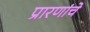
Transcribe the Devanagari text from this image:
प्रारणांचे